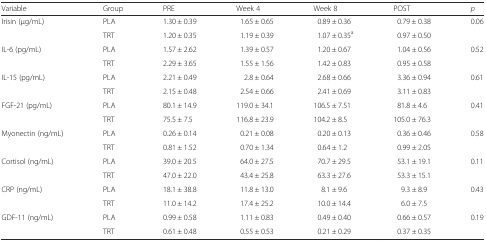
<table><thead><tr><td><b>Variable</b></td><td><b>Group</b></td><td><b>PRE</b></td><td><b>Week 4</b></td><td><b>Week 8</b></td><td><b>POST</b></td><td><b><i>p</i></b></td></tr></thead><tbody><tr><td rowspan="2">Irisin (μg/mL)</td><td>PLA</td><td>1.30 ± 0.39</td><td>1.65 ± 0.65</td><td>0.89 ± 0.36</td><td>0.79 ± 0.38</td><td rowspan="2">0.06</td></tr><tr><td>TRT</td><td>1.20 ± 0.35</td><td>1.19 ± 0.39</td><td>1.07 ± 0.35<sup>a</sup></td><td>0.97 ± 0.50</td></tr><tr><td rowspan="2">IL-6 (pg/mL)</td><td>PLA</td><td>1.57 ± 2.62</td><td>1.39 ± 0.57</td><td>1.20 ± 0.67</td><td>1.04 ± 0.56</td><td rowspan="2">0.52</td></tr><tr><td>TRT</td><td>2.29 ± 3.65</td><td>1.55 ± 1.56</td><td>1.42 ± 0.83</td><td>0.95 ± 0.58</td></tr><tr><td rowspan="2">IL-15 (pg/mL)</td><td>PLA</td><td>2.21 ± 0.49</td><td>2.8 ± 0.64</td><td>2.68 ± 0.66</td><td>3.36 ± 0.94</td><td rowspan="2">0.61</td></tr><tr><td>TRT</td><td>2.15 ± 0.48</td><td>2.54 ± 0.66</td><td>2.41 ± 0.69</td><td>3.11 ± 0.83</td></tr><tr><td rowspan="2">FGF-21 (pg/mL)</td><td>PLA</td><td>80.1 ± 14.9</td><td>119.0 ± 34.1</td><td>106.5 ± 7.51</td><td>81.8 ± 4.6</td><td rowspan="2">0.41</td></tr><tr><td>TRT</td><td>75.5 ± 7.5</td><td>116.8 ± 23.9</td><td>104.2 ± 8.5</td><td>105.0 ± 76.3</td></tr><tr><td rowspan="2">Myonectin (ng/mL)</td><td>PLA</td><td>0.26 ± 0.14</td><td>0.21 ± 0.08</td><td>0.20 ± 0.13</td><td>0.36 ± 0.46</td><td rowspan="2">0.58</td></tr><tr><td>TRT</td><td>0.81 ± 1.52</td><td>0.70 ± 1.34</td><td>0.64 ± 1.2</td><td>0.99 ± 2.05</td></tr><tr><td rowspan="2">Cortisol (ng/mL)</td><td>PLA</td><td>39.0 ± 20.5</td><td>64.0 ± 27.5</td><td>70.7 ± 29.5</td><td>53.1 ± 19.1</td><td rowspan="2">0.11</td></tr><tr><td>TRT</td><td>47.0 ± 22.0</td><td>43.4 ± 25.8</td><td>63.3 ± 27.6</td><td>53.3 ± 15.1</td></tr><tr><td rowspan="2">CRP (ng/mL)</td><td>PLA</td><td>18.1 ± 38.8</td><td>11.8 ± 13.0</td><td>8.1 ± 9.6</td><td>9.3 ± 8.9</td><td rowspan="2">0.43</td></tr><tr><td>TRT</td><td>11.0 ± 14.2</td><td>17.4 ± 25.2</td><td>10.0 ± 14.4</td><td>6.0 ± 7.5</td></tr><tr><td rowspan="2">GDF-11 (ng/mL)</td><td>PLA</td><td>0.99 ± 0.58</td><td>1.11 ± 0.83</td><td>0.49 ± 0.40</td><td>0.66 ± 0.57</td><td rowspan="2">0.19</td></tr><tr><td>TRT</td><td>0.61 ± 0.48</td><td>0.55 ± 0.53</td><td>0.21 ± 0.29</td><td>0.37 ± 0.35</td></tr></tbody></table>